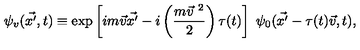
\psi _ { v } ( \vec { x ^ { \prime } } , t ) \equiv \exp \left[ i m \vec { v } \vec { x ^ { \prime } } - i \left( \frac { m { \vec { v } } ^ { \ 2 } } { 2 } \right) \tau ( t ) \right] \ \psi _ { 0 } ( \vec { x ^ { \prime } } - \tau ( t ) \vec { v } , t ) ,